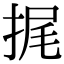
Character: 捤